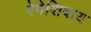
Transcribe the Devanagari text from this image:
रेषेशिवाय